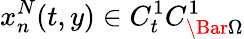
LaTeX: x_{n}^{N}(t,y)\in C_{t}^{1}C_{\Bar{\Omega}}^{1}